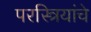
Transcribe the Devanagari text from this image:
परस्त्रियांचे